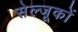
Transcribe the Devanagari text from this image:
सेल्जूकों